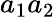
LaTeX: a_{1}a_{2}